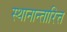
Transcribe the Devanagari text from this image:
स्थानान्तारित्त